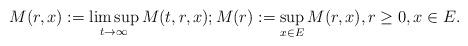
LaTeX: \begin{align*}M(r,x):= \limsup_{t\to \infty} M(t,r,x);M(r):= \sup_{x\in E} M(r,x),r\geq 0, x\in E.\end{align*}